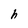
Character: h